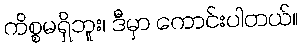
ကိစ္စမရှိဘူး၊ ဒီမှာ ကောင်းပါတယ်။